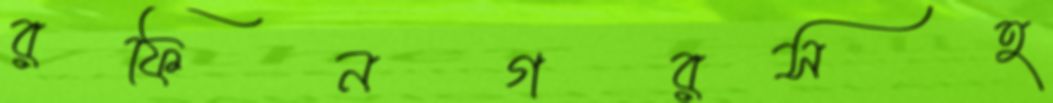
রফিনগরসহ